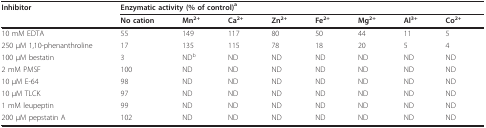
<table><thead><tr><td><b>Inhibitor</b></td><td colspan="8"><b>Enzymatic activity (% of control)<sup>a</sup></b></td></tr><tr><td></td><td><b>No cation</b></td><td><b>Mn<sup>2+</sup></b></td><td><b>Ca<sup>2+</sup></b></td><td><b>Zn<sup>2+</sup></b></td><td><b>Fe<sup>2+</sup></b></td><td><b>Mg<sup>2+</sup></b></td><td><b>Al<sup>3+</sup></b></td><td><b>Co<sup>2+</sup></b></td></tr></thead><tbody><tr><td>10 mM EDTA</td><td>55</td><td>149</td><td>117</td><td>80</td><td>50</td><td>44</td><td>11</td><td>5</td></tr><tr><td>250 μM 1,10-phenanthroline</td><td>17</td><td>135</td><td>115</td><td>78</td><td>18</td><td>20</td><td>5</td><td>4</td></tr><tr><td>100 μM bestatin</td><td>3</td><td>ND<sup>b</sup></td><td>ND</td><td>ND</td><td>ND</td><td>ND</td><td>ND</td><td>ND</td></tr><tr><td>2 mM PMSF</td><td>100</td><td>ND</td><td>ND</td><td>ND</td><td>ND</td><td>ND</td><td>ND</td><td>ND</td></tr><tr><td>10 μM E-64</td><td>98</td><td>ND</td><td>ND</td><td>ND</td><td>ND</td><td>ND</td><td>ND</td><td>ND</td></tr><tr><td>10 μM TLCK</td><td>97</td><td>ND</td><td>ND</td><td>ND</td><td>ND</td><td>ND</td><td>ND</td><td>ND</td></tr><tr><td>1 mM leupeptin</td><td>99</td><td>ND</td><td>ND</td><td>ND</td><td>ND</td><td>ND</td><td>ND</td><td>ND</td></tr><tr><td>200 μM pepstatin A</td><td>102</td><td>ND</td><td>ND</td><td>ND</td><td>ND</td><td>ND</td><td>ND</td><td>ND</td></tr></tbody></table>